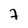
Character: 7